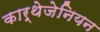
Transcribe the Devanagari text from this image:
कार्थेजेनियन